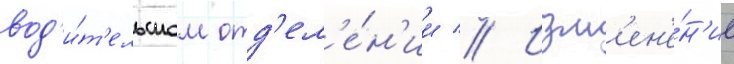
вод'и́т'ельском отд'ел'е́н'ии // Изм'ен'е́н'ие